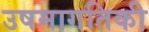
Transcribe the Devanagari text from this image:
उषमागतिकी